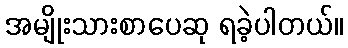
အမျိုးသားစာပေဆု ရခဲ့ပါတယ်။